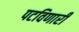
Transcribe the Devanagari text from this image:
पटविणारी